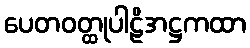
ပေတဝတ္ထုပါဠိအဋ္ဌကထာ